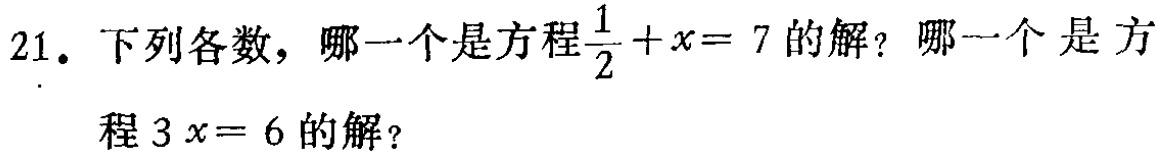
21. 下列各数，哪一个是方程$\frac{1}{2}+x = 7$的解？哪一个是方程$3x = 6$的解？